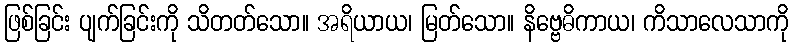
ဖြစ်ခြင်း ပျက်ခြင်းကို သိတတ်သော။ အရိယာယ၊ မြတ်သော။ နိဗ္ဗေဓိကာယ၊ ကိသာလေသာကို